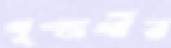
পুণ্যার্থীর